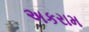
અકરામ